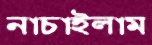
নাচাইলাম